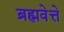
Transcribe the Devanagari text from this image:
ब्रह्मवेत्ते